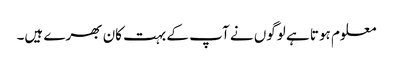
معلوم ہوتا ہے لوگوں نے آپ کے بہت کان بھرے ہیں۔